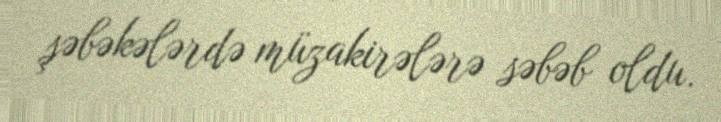
şəbəkələrdə müzakirələrə səbəb oldu.